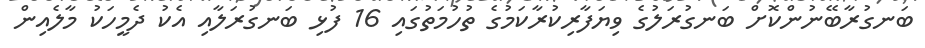
ބަނގުރާބޭނުންކޮށް ބަނގުރަލުގެ ވިޔަފާރިކުރާކަމުގެ ތުހުމަތުގައި 16 ފުޅި ބަނގުރަލާއި އެކު ދެމީހަކު މާލެއިން